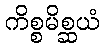
ကိစ္စမိစ္ဆယံ